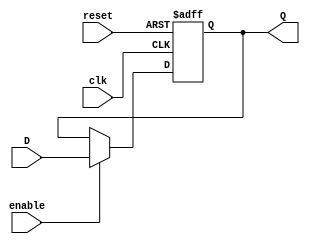
// Luis Pedro Molina Velsquez
// Carn 18822 - Seccin 12
// Laboratorio 9 
// Ejercicio 1 - Flip Flops tipo D

// Flip Flop tipo D de 1 bit
module FFD1B(input wire D, input wire clk, input wire reset, input wire enable, output reg Q);

    always @ (posedge clk or posedge reset) begin
        if (reset)
            Q <= 1'b0;
        else if (enable)
            Q <= D;
        end 

endmodule 

// Flip Flop tipo D de 2 bits
module FFD2B(input wire [1:0]D, input wire clk, input wire reset, input wire enable, output [1:0]Q);
FFD1B FFD1B_1 (D[0], clk, reset, enable, Q[0]);
FFD1B FFD1B_2 (D[1], clk, reset, enable, Q[1]);
endmodule

// Flip Flop tipo D de 4 bits
module FFD4B(input wire [3:0]D, input wire clk, input wire reset, input wire enable, output [3:0]Q);
FFD2B FFD2B_1 (D[1:0], clk, reset, enable, Q[1:0]);
FFD2B FFD2B_2 (D[3:2], clk, reset, enable, Q[3:2]);
endmodule